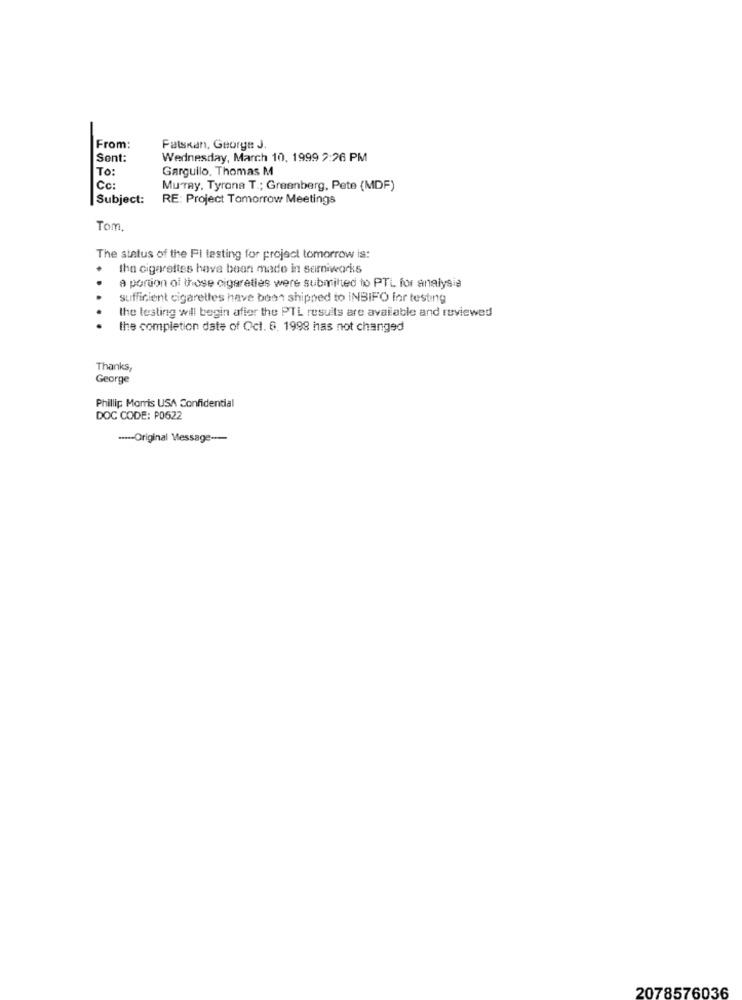
From:
Fatskan, George J.
Sent:
Wednesday, March 10, 1999 7:26 PM
To:
Garguilo. Thomas M
Cc:
Muray. Tyrana T .; Greenberg, Pete (MDF)
Subject:
RE: Project Tomorrow Meetings
Tom.
The status of the Fi testing for project tomorrow is:
the cigarettes have been made in semiworks
a portion of those cigaretles were submitted to PTL for analysis
sufficient cigarettes have been shipped to INBIFO for testing
the testing will begin after the PTL results are available and reviewed
the completion date of Oct. 6. 1998 has not changed
Thanks,
George
Phillip Morris USA Confidential
DOC CODE: P0622
----- Original Message ---
2078576036